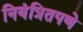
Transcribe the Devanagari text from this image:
नियंत्रितपणे